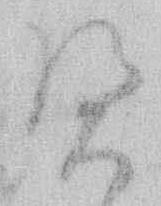
憑